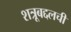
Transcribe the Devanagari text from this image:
शत्रूबद्दलची